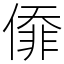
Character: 㒎